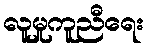
လူမှုကူညီရေး